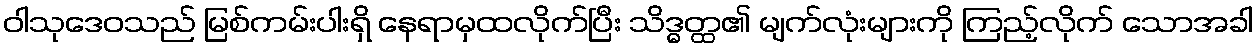
ဝါသုဒေဝသည် မြစ်ကမ်းပါးရှိ နေရာမှထလိုက်ပြီး သိဒ္ဓတ္ထ၏ မျက်လုံးများကို ကြည့်လိုက် သောအခါ